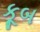
કૂબ